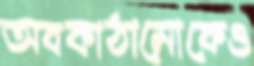
অবকাঠামোকেও